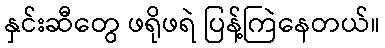
နှင်းဆီတွေ ဖရိုဖရဲ ပြန့်ကြဲနေတယ်။